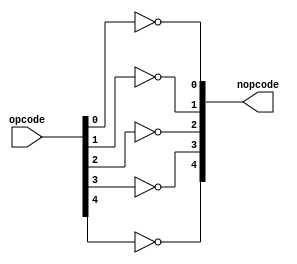
module invert_opcode(opcode, nopcode);

	/* Used to invert opcode for boolean logic */
	
	input[4:0] opcode;
	output[4:0] nopcode;
	
	genvar i;
	
	generate
		for (i = 0; i < 5; i = i + 1) begin: loop0
			not noti(nopcode[i], opcode[i]);
		end
	endgenerate

endmodule